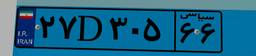
۲۷D۳۰۵۶۶